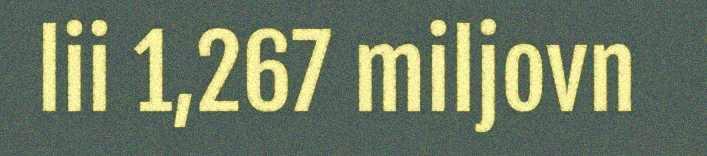
lii 1,267 miljovn